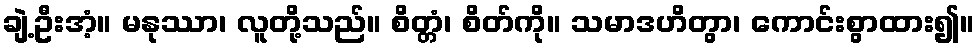
ချဲ့ဦးအံ့။ မနုဿာ၊ လူတို့သည်။ စိတ္တံ၊ စိတ်ကို။ သမာဒဟိတွာ၊ ကောင်းစွာထား၍။